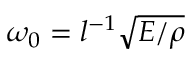
\omega _ { 0 } = l ^ { - 1 } \sqrt { E / \rho }